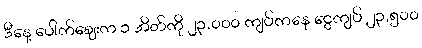
ဒီနေ့ ပေါက်ဈေးက ၁ အိတ်ကို ၂၃,၀၀၀ ကျပ်ကနေ ငွေကျပ် ၂၃,၅၀၀